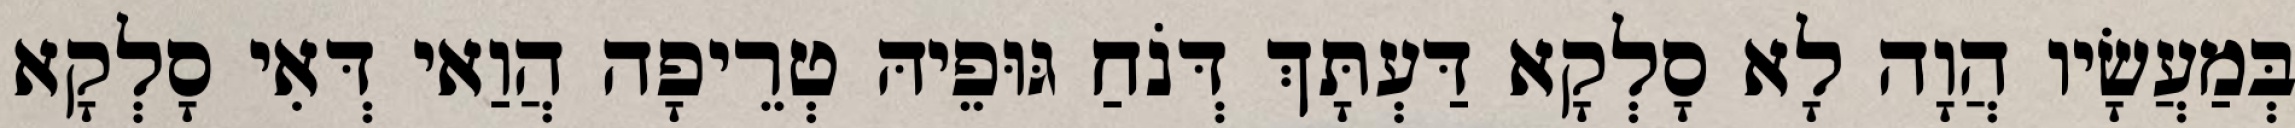
בְּמַעֲשָׂיו הֲוָה לָא סָלְקָא דַּעְתָּךְ דְּנֹחַ גּוּפֵיהּ טְרֵיפָה הֲוַאי דְּאִי סָלְקָא